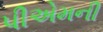
પીએમની